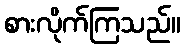
စားလိုက်ကြသည်။